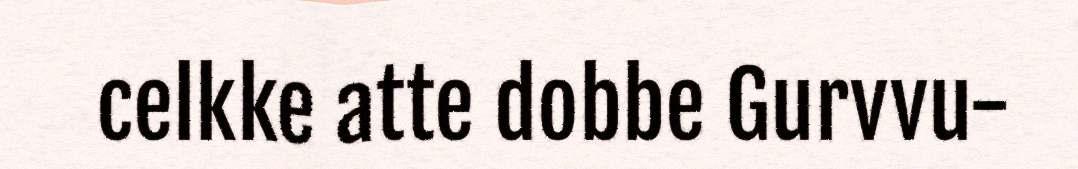
celkke atte dobbe Gurvvu-